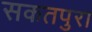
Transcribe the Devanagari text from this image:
सकतपुरा